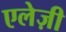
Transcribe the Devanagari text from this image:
एलेज़ी